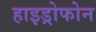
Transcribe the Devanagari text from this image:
हाइड्रोफोन